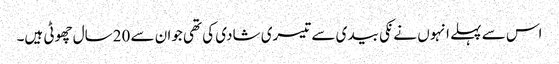
اس سے پہلے انہو ں نے نکی بیدی سے تیسری شادی کی تھی جوان سے 20سال چھوٹی ہیں۔